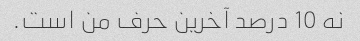
نه 10 درصد آخرین حرف من است.